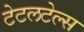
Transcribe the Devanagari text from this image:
टेटलटेल्स